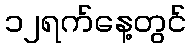
၁၂ရက်နေ့တွင်